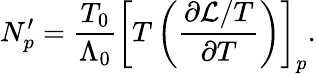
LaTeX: N_{p}^{\prime}=\frac{T_{0}}{\Lambda_{0}}\left[T\left(\frac{\partial\mathcal{L}/T}{\partial T}\right)\right]_{p}.